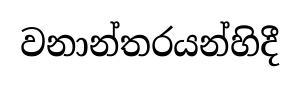
වනාන්තරයන්හිදී